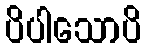
ပိပါသောပိ